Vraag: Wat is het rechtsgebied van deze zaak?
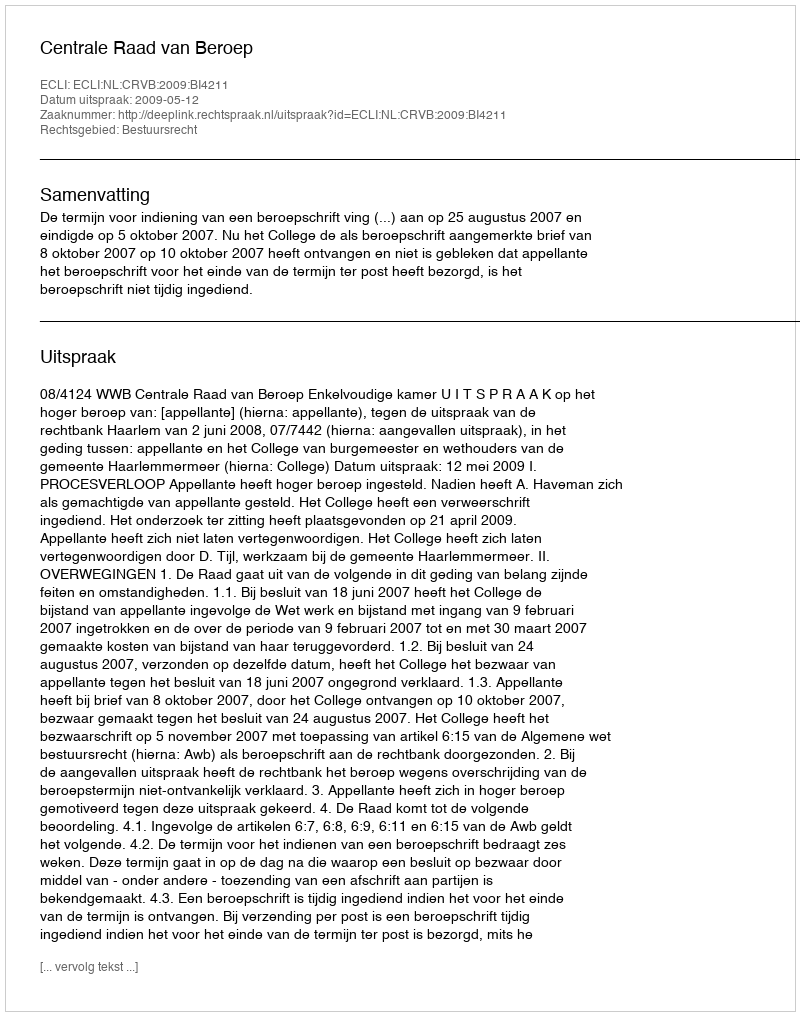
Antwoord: Bestuursrecht